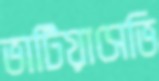
ভাটিয়াসেভি